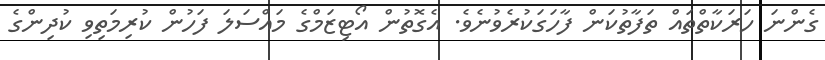
ގެންނަ ހަރަކާތްތައް ތަފާތުކަން ފާހަގަކުރެވުނެވެ. އެގޮތުން އޯޓިޒަމްގެ މައްސަލަ ފަހުން ކުރިމަތިވި ކުދިންގެ